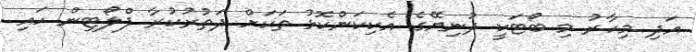
އަދި މިހާރު މި ބޯޓަކީ ދުނިޔޭގެ އެކިކަންކޮޅު ތަކަށް ދަތުރުކުރާ ފްލޯޓިން ހައި